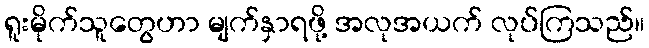
ရူးမိုက်သူတွေဟာ မျက်နှာရဖို့ အလုအယက် လုပ်ကြသည်။